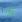
نابا